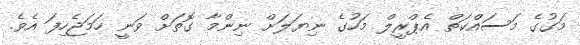
މަގުގެ މަސައްކަތް އެޕްރީލް މަހުގެ ނިޔަލަށް ނިންމާ ގޮތަށް ވަނީ ހަމަޖެހިފަ އެވެ.